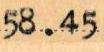
58.45